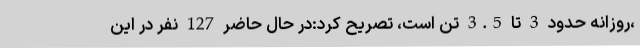
،روزانه حدود 3 تا 3.5 تن است، تصریح کرد:در حال حاضر 127 نفر در این